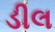
ડીલ